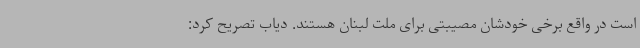
است در واقع برخی خودشان مصیبتی برای ملت لبنان هستند. دیاب تصریح کرد: